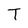
Character: T